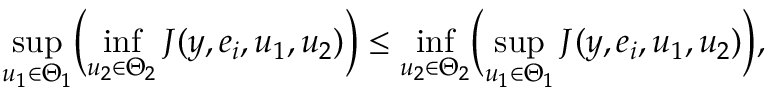
\operatorname* { s u p } _ { u _ { 1 } \in \Theta _ { 1 } } \biggl ( \operatorname* { i n f } _ { u _ { 2 } \in \Theta _ { 2 } } J ( y , e _ { i } , u _ { 1 } , u _ { 2 } ) \biggr ) \leq \operatorname* { i n f } _ { u _ { 2 } \in \Theta _ { 2 } } \biggl ( \operatorname* { s u p } _ { u _ { 1 } \in \Theta _ { 1 } } J ( y , e _ { i } , u _ { 1 } , u _ { 2 } ) \biggr ) ,